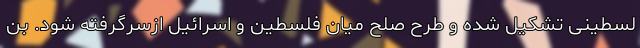
لسطینی تشکیل شده و طرح صلح میان فلسطین و اسرائیل ازسرگرفته شود. بن